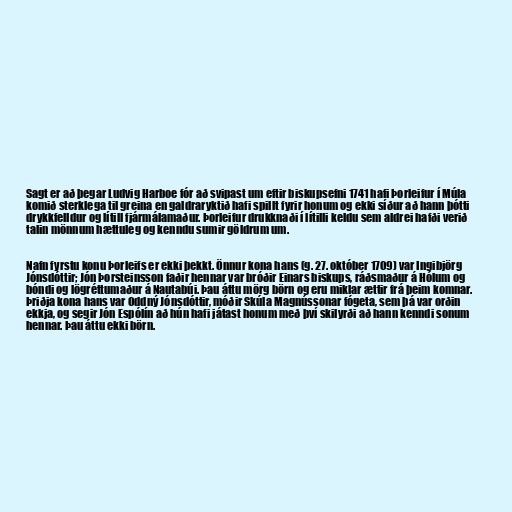
Sagt er að þegar Ludvig Harboe fór að svipast um eftir biskupsefni 1741 hafi Þorleifur í Múla
komið sterklega til greina en galdraryktið hafi spillt fyrir honum og ekki síður að hann þótti
drykkfelldur og lítill fjármálamaður. Þorleifur drukknaði í lítilli keldu sem aldrei hafði verið
talin mönnum hættuleg og kenndu sumir göldrum um.

Nafn fyrstu konu Þorleifs er ekki þekkt. Önnur kona hans (g. 27. október 1709) var Ingibjörg
Jónsdóttir; Jón Þorsteinsson faðir hennar var bróðir Einars biskups, ráðsmaður á Hólum og
bóndi og lögréttumaður á Nautabúi. Þau áttu mörg börn og eru miklar ættir frá þeim komnar.
Þriðja kona hans var Oddný Jónsdóttir, móðir Skúla Magnússonar fógeta, sem þá var orðin
ekkja, og segir Jón Espólín að hún hafi játast honum með því skilyrði að hann kenndi sonum
hennar. Þau áttu ekki börn.